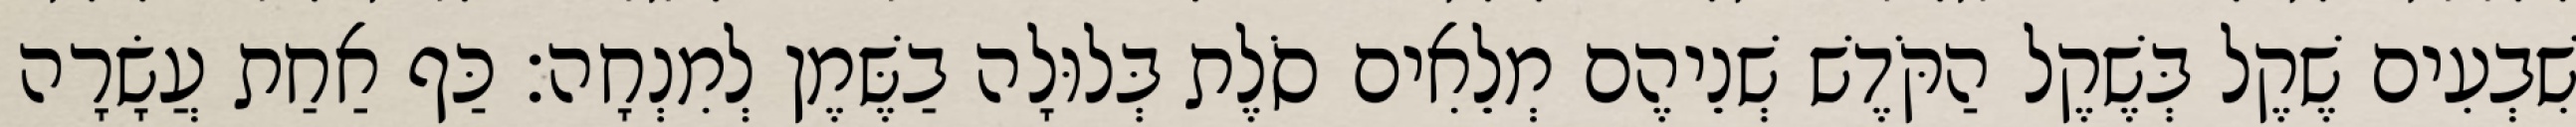
שִׁבְעִים שֶׁקֶל בְּשֶׁקֶל הַקֹּדֶשׁ שְׁנֵיהֶם מְלֵאִים סֹלֶת בְּלוּלָה בַשֶּׁמֶן לְמִנְחָה׃ כַּף אַחַת עֲשָׂרָה